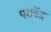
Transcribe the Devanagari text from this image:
पराकेंद्र